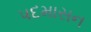
પદમાસન